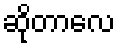
ဆိုတာလေ